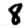
Digit: 8